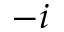
- i